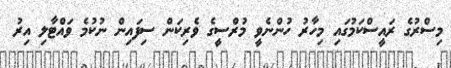
މިސްރުގެ ރައީސްކަމުގައި މިހާރު ހުންނެވީ މުރްސީގެ ވެރިކަން ސިފައިން ނުކުމެ ވައްޓާލި އިރު